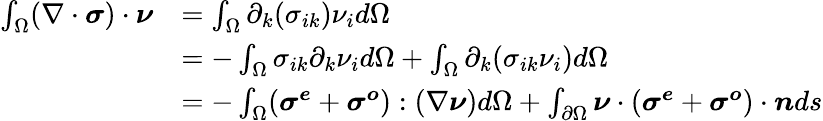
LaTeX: \begin{array}{rl}{\int_{\Omega}(\nabla\cdot\boldsymbol{\sigma})\cdot\boldsymbol{\nu}}&{=\int_{\Omega}\partial_{k}(\sigma_{ik})\nu_{i}d\Omega}\\ &{=-\int_{\Omega}\sigma_{ik}\partial_{k}\nu_{i}d\Omega+\int_{\Omega}\partial_{k}(\sigma_{ik}\nu_{i})d\Omega}\\ &{=-\int_{\Omega}(\boldsymbol{\sigma^{e}}+\boldsymbol{\sigma^{o}}):(\nabla\boldsymbol{\nu})d\Omega+\int_{\partial\Omega}\boldsymbol{\nu}\cdot(\boldsymbol{\sigma^{e}}+\boldsymbol{\sigma^{o}})\cdot\boldsymbol{n}ds}\end{array}